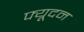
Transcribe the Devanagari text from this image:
फ्यूदन